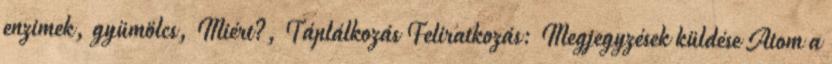
enzimek, gyümölcs, Miért?, Táplálkozás Feliratkozás: Megjegyzések küldése Atom a